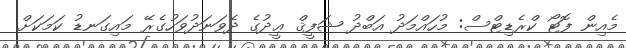
މެއިން ފޮޓޯ ކްރެޑިޓްސް: މުހައްމަދު އަބްދު ޝަފީޤް ޢީދުގެ ދެވަނަދުވަހުގެރޭ މައިގަނޑު ކަމަކަށް